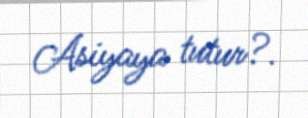
Asiyaya tutur?.